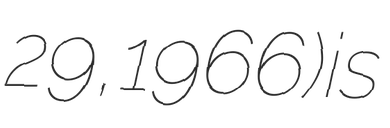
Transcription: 29, 1966) is